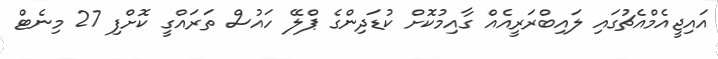
އައިޖީއެމްއެޗުގައި ލައިބްރަރީއެއް ގާއިމުކޮށް ކުޑަދިންގެ ޕްލޭ ހައުސް ތަރައްގީ ކޮށްފި 27 މިނެޓް